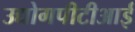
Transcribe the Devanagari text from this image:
उद्योगपीटीआई